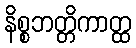
နိစ္စဘတ္တိကာတ္ထ